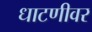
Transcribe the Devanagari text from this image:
धाटणीवर